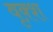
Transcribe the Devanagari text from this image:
वृक़्श